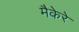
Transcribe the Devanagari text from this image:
मैकेरे